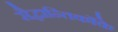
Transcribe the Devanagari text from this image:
सैद्धान्तिकोंके